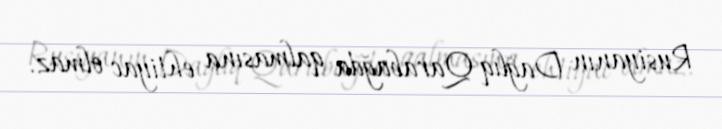
Rusiyanın Dağlıq Qarabağda qalmasına ehtiyac olmaz.